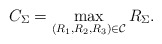
\begin{align*} {C}_{\Sigma}=\max_{(R_1,R_2,R_3)\in\mathcal{C}}R_\Sigma. \end{align*}